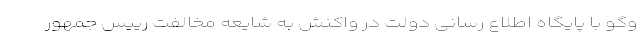
وگو با پایگاه اطلاع رسانی دولت در واکنش به شایعه مخالفت رییس جمهور